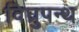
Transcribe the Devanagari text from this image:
विघ्रुपन्थ